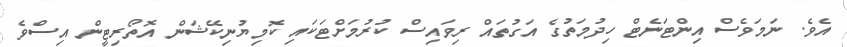
އެވެ. ނަމަވެސް އިންޓަނެޓް ހިދުމަތުގެ އަގުތައް ރިވައިސް ކުރުމަށްޓަކައި ކޮމިޔުނިކޭޝަން އޮތޯރިޓީން އިސްވެ